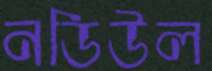
নডিউল